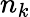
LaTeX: n_{k}